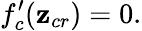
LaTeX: f_{c}^{\prime}(\mathbf{z}_{cr})=0.